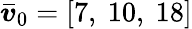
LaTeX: \boldsymbol{\bar{v}}_{0}=[7,\ 10,\ 18]